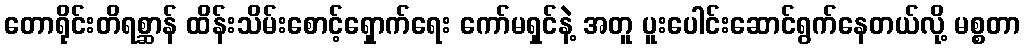
တောရိုင်းတိရစ္ဆာန် ထိန်းသိမ်းစောင့်ရှောက်ရေး ကော်မရှင်နဲ့ အတူ ပူးပေါင်းဆောင်ရွက်နေတယ်လို့ မစ္စတာ